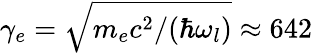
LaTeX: \gamma_{e}=\sqrt{m_{e}c^{2}/(\hbar\omega_{l})}\approx 642